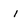
Character: i